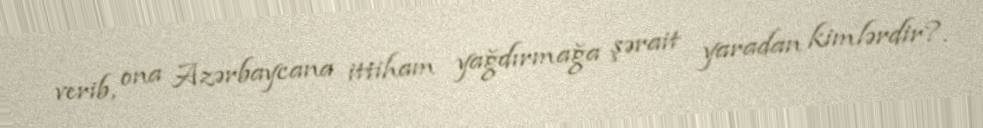
verib, ona Azərbaycana ittiham yağdırmağa şərait yaradan kimlərdir?.